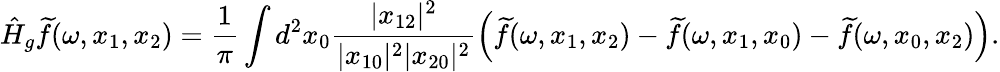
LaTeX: \hat{H}_{g}\widetilde f(\omega,x_{1},x_{2})=\frac{1}{\pi}\int d^{2}x_{0}\frac{|x_{12}|^{2}}{|x_{10}|^{2}|x_{20}|^{2}}\left(\widetilde f(\omega,x_{1},x_{2})-\widetilde f(\omega,x_{1},x_{0})-\widetilde f(\omega,x_{0},x_{2})\right).